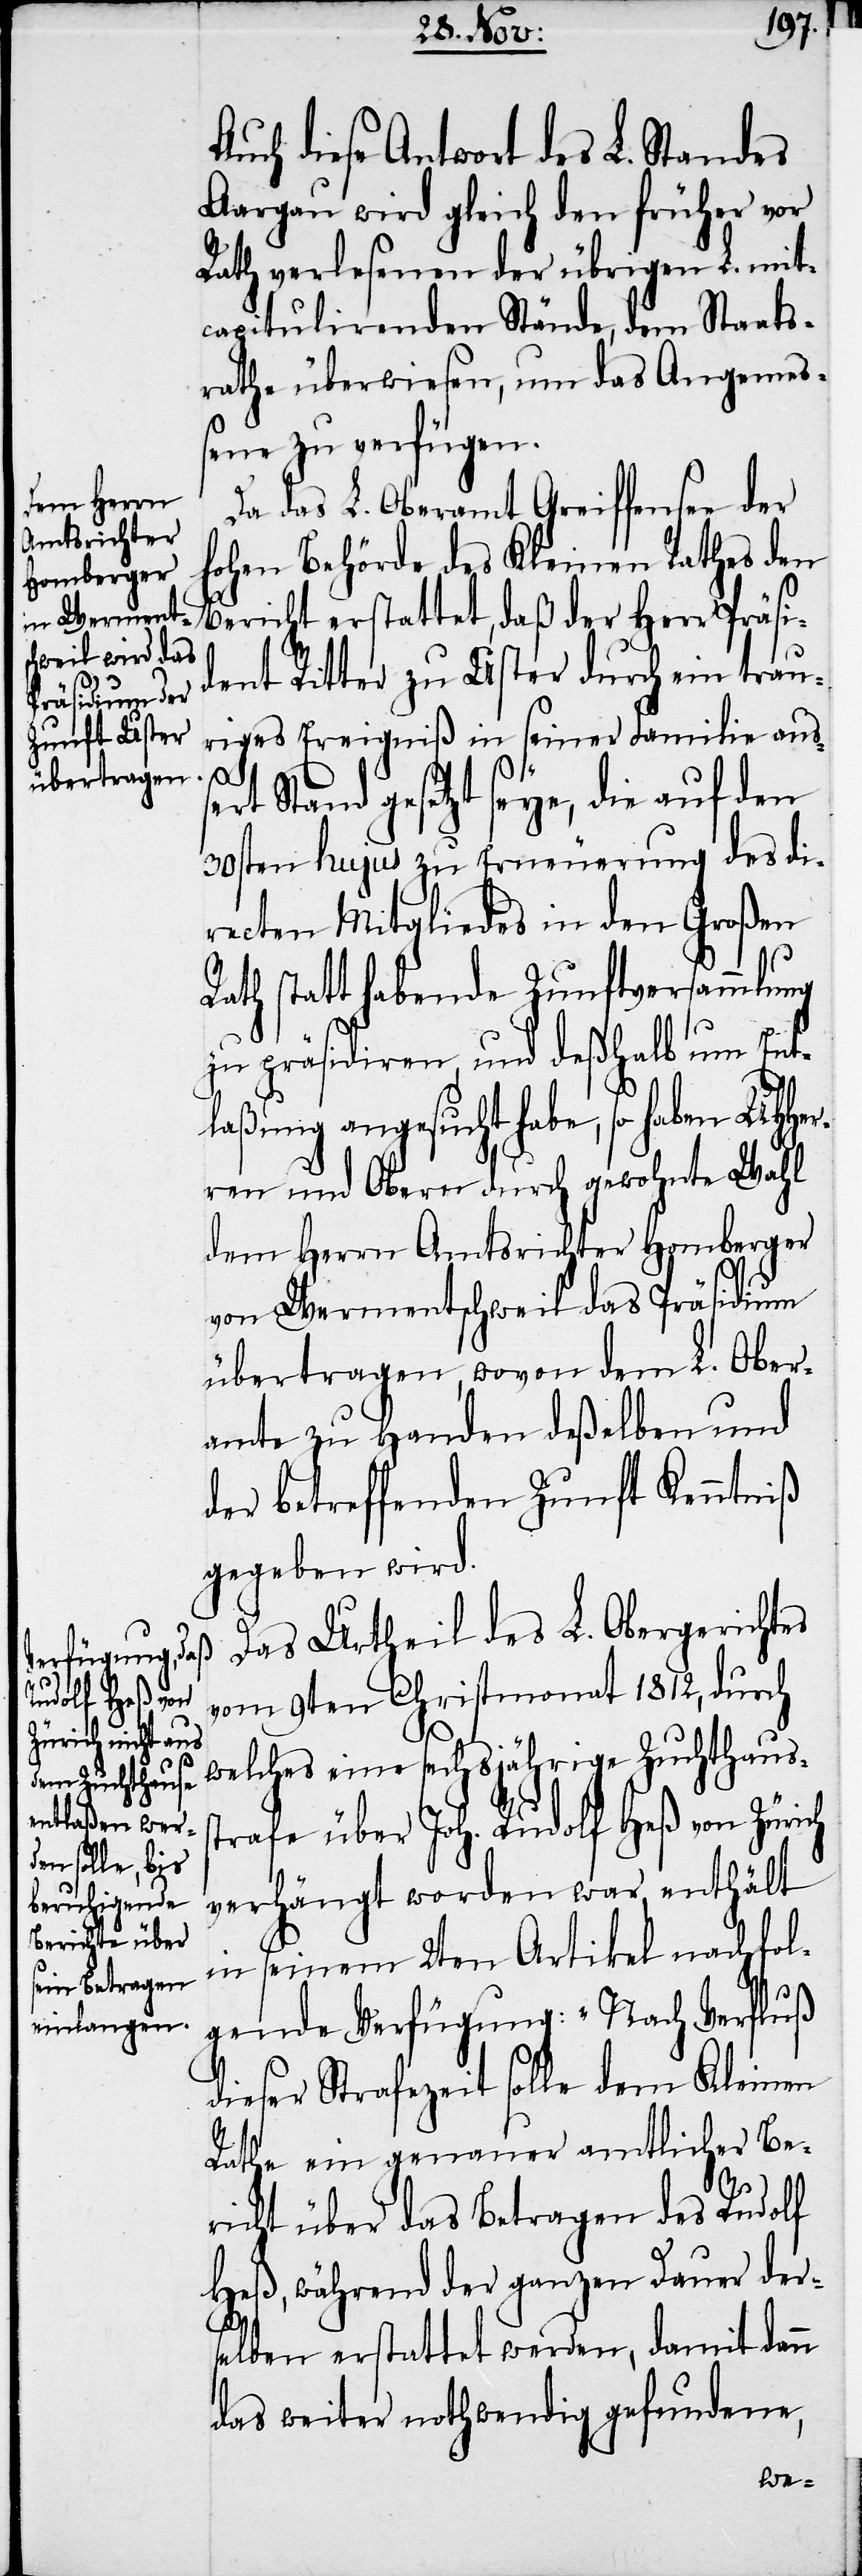
Auch diese Antwort des L. Standes
Aargau wird gleich den früher vor
Rath verlesenen der übrigen L. mit¬
capitulirenden Stände, dem Staats¬
rathe überwiesen, um das Angemeß¬
ene zu verfügen.
Da das L. Oberamt Greifensee der
hohen Behörde des Kleinen Rathes den
Bericht erstattet, daß der Herr Präsi¬
dent Ritter zu Uster durch ein trau¬
riges Ereigniß in seiner Familie auß¬
ert Stand gesetzt seye, die auf den
30sten hujus zu Erneuerung des di¬
recten Mitgliedes in den Großen
Rath statt habende Zunftversammlung
zu präsidiren, und deßhalb um Ent¬
laßung angesucht habe, so haben UHHer¬
ren und Obern durch gewohnte Wahl
dem Herrn Amtsrichter Homberger
von Wermentschweil das Präsidium
übertragen, wovon dem L. Ober¬
amte zu Handen deßelben und
der betreffenden Zunft Kenntniß
gegeben wird.
Das Urtheil des L. Obergerichtes
vom 9ten Christmonat 1812, durch
welches eine sechsjährige Zuchthauss¬
trafe über Joh. Rudolf Heß von Zürich
verhängt worden war, enthält
in seinem 2ten Artikel nachfol¬
gende Verfügung: „Nach Verfluß
dieser Strafezeit solle dem Kleinen
Rathe ein genauer amtlicher Be¬
richt über das Betragen des Rudolf
Heß, während der ganzen Dauer ders¬
elben erstattet werden, damit dann
das weiter nothwendig gefundene,